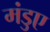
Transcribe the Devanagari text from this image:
मंडुए